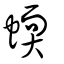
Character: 蝡